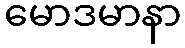
မောဒမာနာ